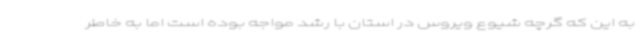
به این که گرچه شیوع ویروس در استان با رشد مواجه بوده است اما به خاطر